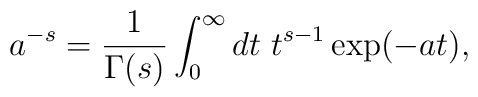
a^{-s} = \frac{1}{\Gamma (s)}\int_0^{\infty} dt\ t^{s-1}\exp (-at) ,